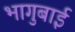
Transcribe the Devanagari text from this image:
भागुबाई